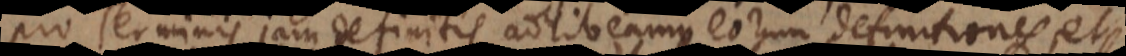
pro Terminis jam definitis adhibeamus eorum definitiones,